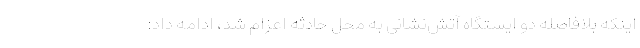
اینکه بلافاصله دو ایستگاه آتش‌نشانی به محل حادثه اعزام شد، ادامه داد: